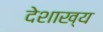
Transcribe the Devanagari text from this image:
देशाख्य